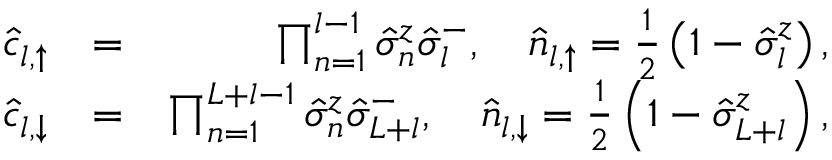
\begin{array} { r l r } { \hat { c } _ { l , \uparrow } } & { = } & { \prod _ { n = 1 } ^ { l - 1 } \hat { \sigma } _ { n } ^ { z } \hat { \sigma } _ { l } ^ { - } , \quad \hat { n } _ { l , \uparrow } = \frac { 1 } { 2 } \left( 1 - \hat { \sigma } _ { l } ^ { z } \right) , } \\ { \hat { c } _ { l , \downarrow } } & { = } & { \prod _ { n = 1 } ^ { L + l - 1 } \hat { \sigma } _ { n } ^ { z } \hat { \sigma } _ { L + l } ^ { - } , \quad \hat { n } _ { l , \downarrow } = \frac { 1 } { 2 } \left( 1 - \hat { \sigma } _ { L + l } ^ { z } \right) , } \end{array}